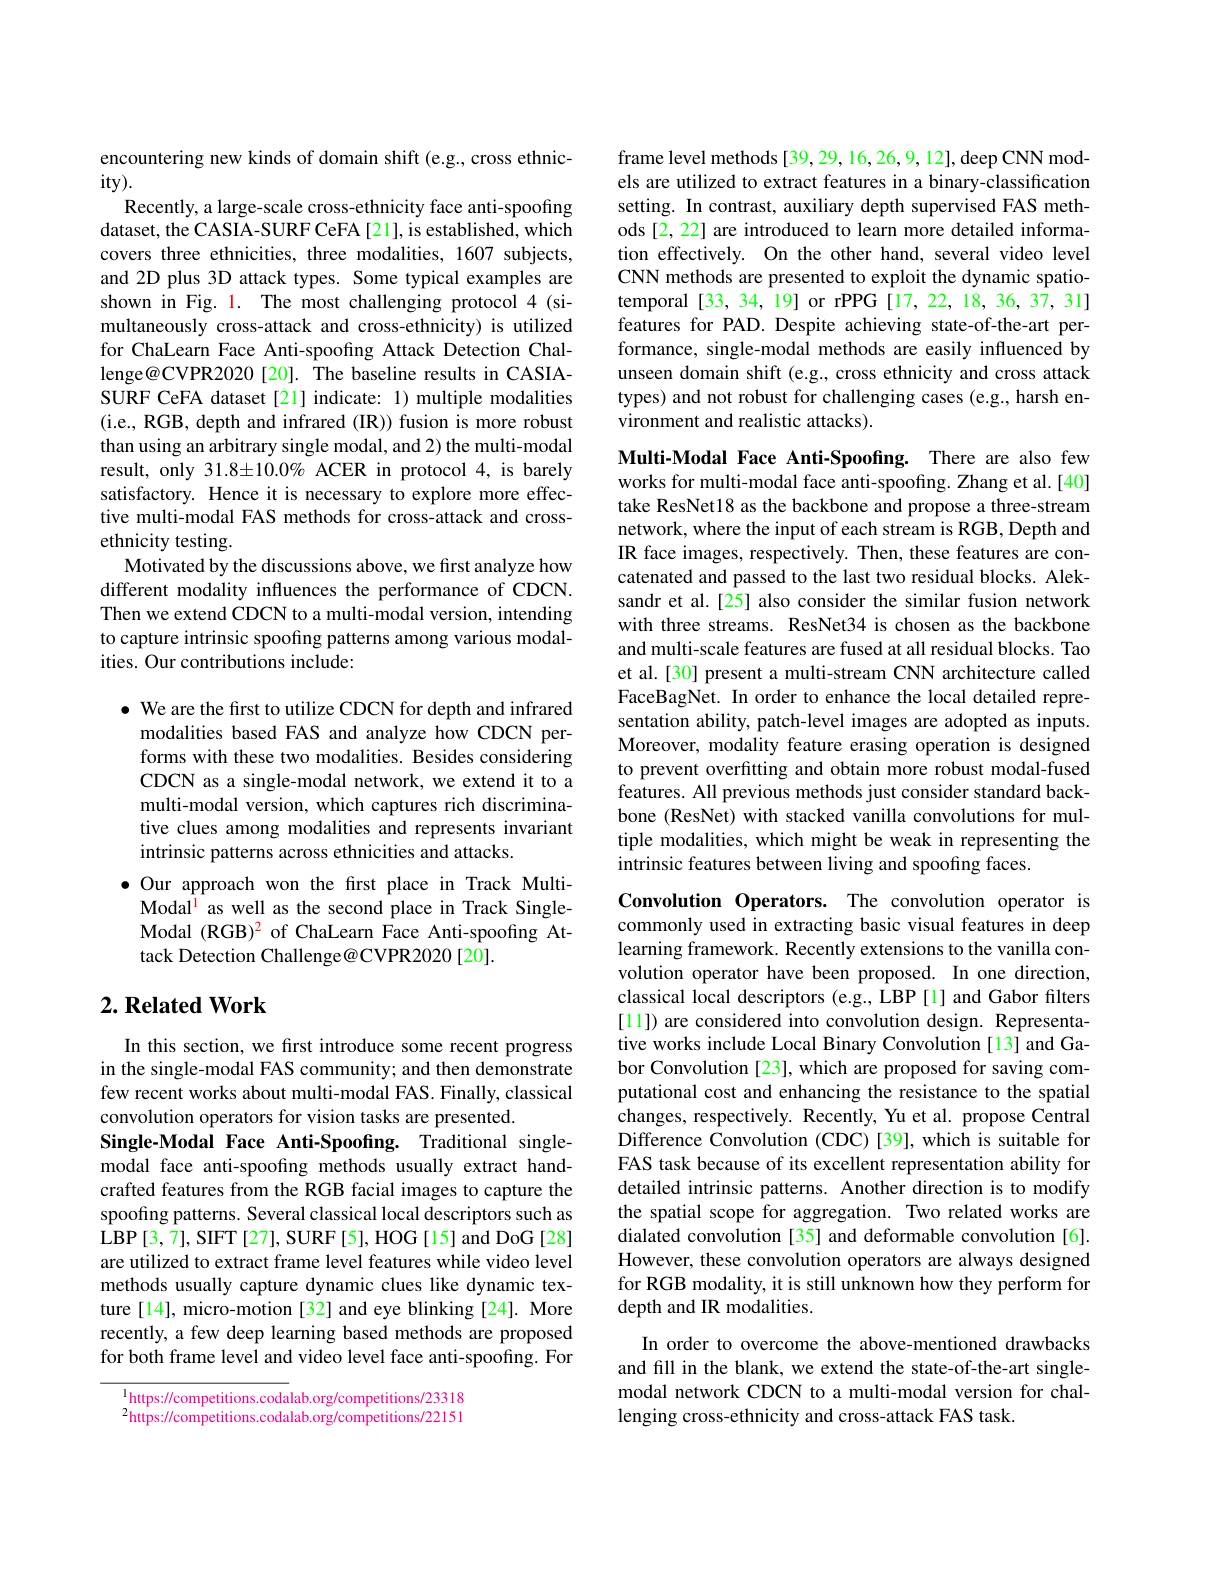
encountering new kinds of domain shift (e.g., cross ethnic-
$ity).$
Recently, a large-scale cross-ethnicity face anti-spoofing dataset, the CASIA-SURF CeFA[21], is established, which covers three ethnicities, three modalities, 1607 subjects, and 2D plus 3D attack types. Some typical examples are shown in Fig. 1. The most challenging protocol 4 (simultaneously cross-attack and cross-ethnicity) is utilized for ChaLearn Face Anti-spoofing Attack Detection Challenge@CVPR2020[20]. The baseline results in CASIASURF CeFA dataset [21] indicate: 1) multiple modalities ( i. e. , RGB, depth and infrared ( IR) ) fusion is more robust than using an arbitrary single modal, and 2) the multi-modal result, only 31.8±10.0% ACER in protocol 4, is barely satisfactory. Hence it is necessary to explore more effective multi-modal FAS methods for cross-attack and crossethnicity testing.
Motivated by the discussions above, we first analyze how different modality influences the performance of CDCN. Then we extend CDCN to a multi-modal version, intending to capture intrinsic spoofing patterns among various modalities. Our contributions include:

$\bullet$ We are the first to utilize CDCN for depth and infrared modalities based FAS and analyze how CDCN performs with these two modalities. Besides considering CDCN as a single-modal network, we extend it to a multi-modal version, which captures rich discriminative clues among modalities and represents invariant intrinsic patterns across ethnicities and attacks.
$\bullet$ Our approach won the first place in Track Multi-
Modal$^{\mathrm{l}}$ as well as the second place in Track SingleModal (RGB)$^2$ of ChaLearn Face Anti-spoofing Attack Detection Challenge@CVPR2020[20].

## $2. \textbf{Related Work}$

In this section, we frst introduce some recent progress in the single-modal FAS community; and then demonstrate few recent works about multi-modal FAS. Finally, classical convolution operators for vision tasks are presented.
Single-Modal Face Anti-Spoofing. Traditional singlemodal face anti-spoofing methods usually extract handcrafted features from the RGB facial images to capture the spoofing patterns. Several classical local descriptors such as LBP$\left [ 3, 7\right ] $,SIFT$\left [ 27\right ] $,SURF$\left [ 5\right ] $,HOG$\left [ 15\right ]$and DoG$\left[28\right]$ are utilized to extract frame level features while video level methods usually capture dynamic clues like dynamic texture[14], micro-motion[32] and eye blinking[24]. More recently, a few deep learning based methods are proposed for both frame level and video level face anti-spoofing. For

$^{1}$https://competitions.codalab.org/competitions/23318 $^{2}$https://competitions.codalab.org/competitions/22151

frame level methods [39, 29, 16, 26, 9, 12], deep CNN models are utilized to extract features in a binary-classification setting. In contrast, auxiliary depth supervised FAS methods [2, 22] are introduced to learn more detailed information effectively. On the other hand, several video level CNN methods are presented to exploit the dynamic spatiotemporal [33, 34, 19] or rPPG [17, 22, 18, 36, 37, 31] features for PAD. Despite achieving state-of-the-art performance, single-modal methods are easily influenced by unseen domain shift (e.g., cross ethnicity and cross attack types) and not robust for challenging cases (e.g., harsh environment and realistic attacks).

Multi-Modal Face Anti-Spoofing. There are also few works for multi-modal face anti-spoofing. Zhang et al.[40] take ResNet18 as the backbone and propose a three-stream network, where the input of each stream is RGB, Depth and IR face images, respectively. Then, these features are concatenated and passed to the last two residual blocks. Aleksandr et al.[25] also consider the similar fusion network with three streams. ResNet34 is chosen as the backbone and multi-scale features are fused at all residual blocks. Tao et al. [30] present a multi-stream CNN architecture called FaceBagNet. In order to enhance the local detailed representation ability, patch-level images are adopted as inputs. Moreover, modality feature erasing operation is designed to prevent overfitting and obtain more robust modal-fused features. All previous methods just consider standard backbone (ResNet) with stacked vanilla convolutions for multiple modalities, which might be weak in representing the intrinsic features between living and spoofing faces.

Convolution Operators. The convolution operator is commonly used in extracting basic visual features in deep learning framework. Recently extensions to the vanilla convolution operator have been proposed. In one direction, classical local descriptors (e.g., LBP [l] and Gabor filters [11]) are considered into convolution design. Representative works include Local Binary Convolution [13] and Gabor Convolution [23], which are proposed for saving computational cost and enhancing the resistance to the spatial changes, respectively. Recently, Yu et al. propose Central Difference Convolution (CDC)[39], which is suitable for FAS task because of its excellent representation ability for detailed intrinsic patterns. Another direction is to modify the spatial scope for aggregation. Two related works are dialated convolution [35] and deformable convolution [6]. However, these convolution operators are always designed for RGB modality, it is still unknown how they perform for depth and IR modalities.

In order to overcome the above-mentioned drawbacks and fill in the blank, we extend the state-of-the-art singlemodal network CDCN to a multi-modal version for challenging cross-ethnicity and cross-attack FAS task.